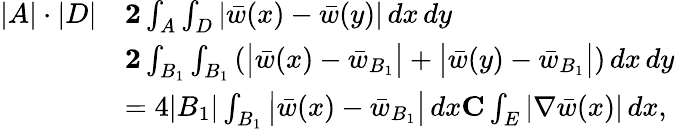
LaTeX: \begin{array}{rl}{|A|\cdot|D|}&{\le 2\int_{A}\int_{D}|\bar{w}(x)-\bar{w}(y)|\, dx\, dy}\\ &{\le 2\int_{B_{1}}\int_{B_{1}}\left(\big|\bar{w}(x)-\bar{w}_{B_{1}}\big|+\big|\bar{w}(y)-\bar{w}_{B_{1}}\big|\right)\, dx\, dy}\\ &{=4|B_{1}|\int_{B_{1}}\big|\bar{w}(x)-\bar{w}_{B_{1}}\big|\, dx\le C\int_{E}|\nabla\bar{w}(x)|\, dx,}\end{array}